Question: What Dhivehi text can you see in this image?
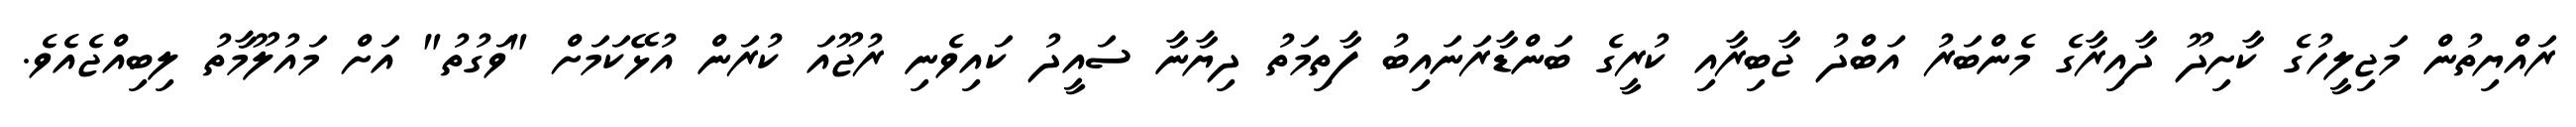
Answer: ރައްޔިތުން މަޖިލީހުގެ ކާށިދޫ ދާއިރާގެ މެންބަރު އަބްދު ޖާބިރާއި ކުރީގެ ބަންޑާރަނައިބު ފާތިމަތު ދިޔާނާ ސައީދު ކައިވެނި ރުޖޫއަ ކުރަން އުޅޭކަމަށް "ވަގުތު" އަށް މައުލޫމާތު ލިބިއްޖެއެވެ.